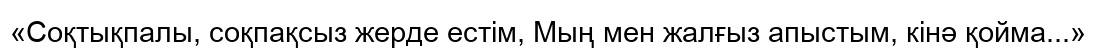
«Соқтықпалы, соқпақсыз жерде естім, Мың мен жалғыз апыстым, кінә қойма...»